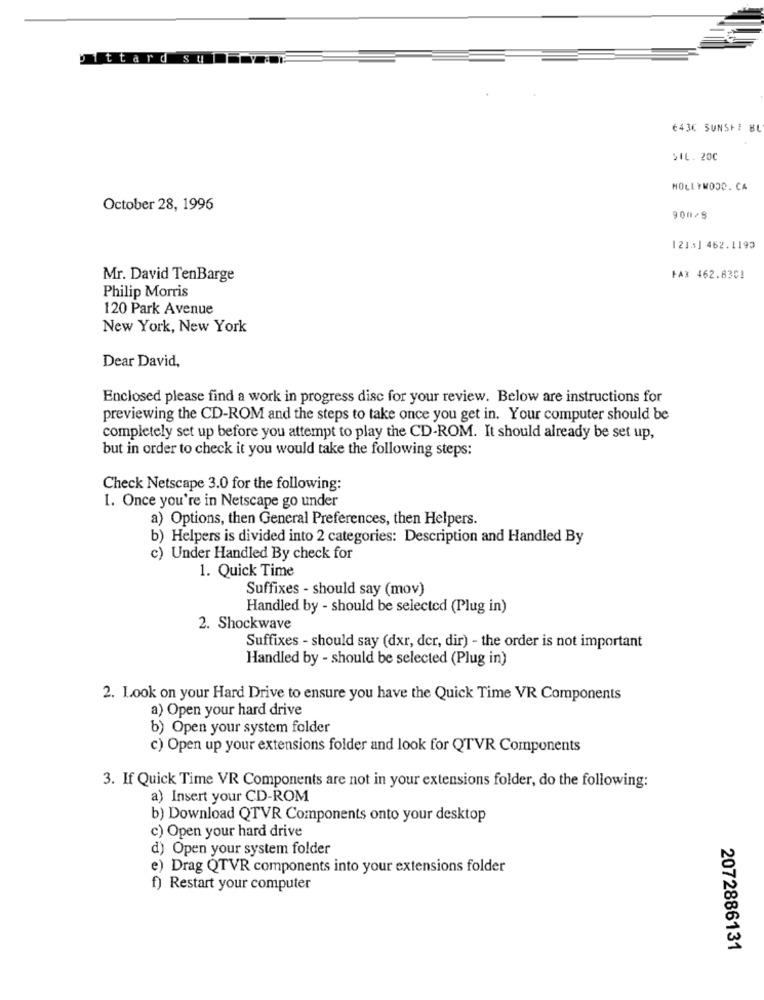
pitta
ard
643C SUNSHE BL
,IL. 200
HOLLYWOOD. CA
October 28, 1996
1213] 462.1193
Mr. David TenBarge
FAX 462.830!
Philip Morris
120 Park Avenue
New York, New York
Dear David,
Enclosed please find a work in progress disc for your review. Below are instructions for
previewing the CD-ROM and the steps to take once you get in. Your computer should be
completely set up before you attempt to play the CD-ROM. It should already be set up,
but in order to check it you would take the following steps:
Check Netscape 3.0 for the following:
1. Once you're in Netscape go under
a) Options, then General Preferences, then Helpers.
b) Helpers is divided into 2 categories: Description and Handled By
c) Under Handled By check for
1. Quick Time
Suffixes - should say (mov)
Handled by - should be selected (Plug in)
2. Shockwave
Suffixes - should say (dxr, der, dir) - the order is not important
Handled by - should be selected (Plug in)
2. Look on your Hard Drive to ensure you have the Quick Time VR Components
a) Open your hard drive
b) Open your system folder
c) Open up your extensions folder and look for QTVR Components
3. If Quick Time VR Components are not in your extensions folder, do the following:
a) Insert your CD-ROM
b) Download QTVR Components onto your desktop
c) Open your hard drive
d) Open your system folder
e) Drag QTVR components into your extensions folder
f) Restart your computer
2072886131